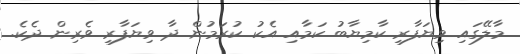
މާލޭގައި ވިޔަފާރި ކާމިޔާބު ކަމާއި އެކު ކުރަމުން ދާ ވިޔަފާރި ވެރިން ދެކެ.